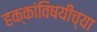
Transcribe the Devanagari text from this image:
हक्कांविषयीच्या